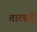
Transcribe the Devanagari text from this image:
तारबंदी